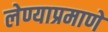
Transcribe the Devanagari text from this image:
लेण्याप्रमाणे